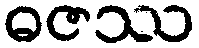
ဓဇဿ